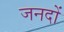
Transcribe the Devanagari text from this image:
जनदों